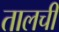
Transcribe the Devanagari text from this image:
तालची